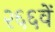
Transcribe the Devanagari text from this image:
२६६वें